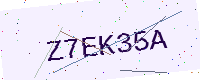
Text: Z7EK35A